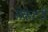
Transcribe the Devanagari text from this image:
सेकेटरी